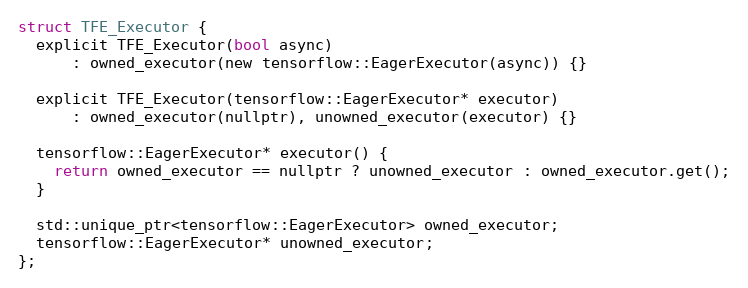
Language: C
struct TFE_Executor {
  explicit TFE_Executor(bool async)
      : owned_executor(new tensorflow::EagerExecutor(async)) {}

  explicit TFE_Executor(tensorflow::EagerExecutor* executor)
      : owned_executor(nullptr), unowned_executor(executor) {}

  tensorflow::EagerExecutor* executor() {
    return owned_executor == nullptr ? unowned_executor : owned_executor.get();
  }

  std::unique_ptr<tensorflow::EagerExecutor> owned_executor;
  tensorflow::EagerExecutor* unowned_executor;
};